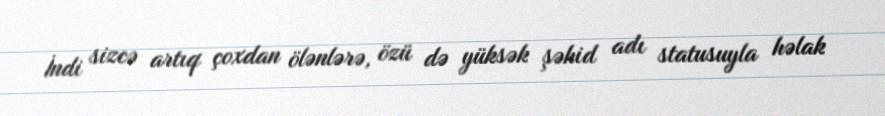
İndi sizcə artıq çoxdan ölənlərə, özü də yüksək şəhid adı statusuyla həlak